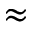
\approx